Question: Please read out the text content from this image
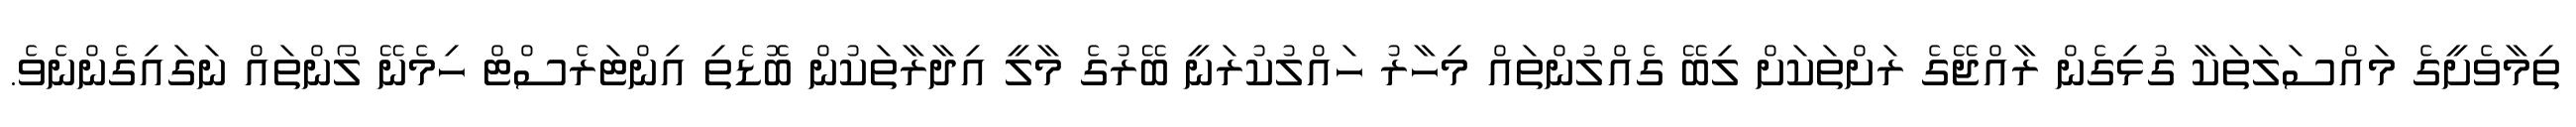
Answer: ތިމާވެށީގެ މައްސަލަތަކާ ގުޅިގެން ރާއްޖޭގެ ރަށްތަކަށް ލިބޭ ގެއްލުންތައް މިހާރު ހައްލުކުރަނީ ބޭރުގެ މާލީ އިދާރާތަކުން ބޮޑެތި އިންޓަރެސްޓް ހިމެނޭ ލޯންތައް ނަގައިގެންނެވެ.